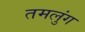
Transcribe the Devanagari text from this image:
तमलुंग